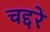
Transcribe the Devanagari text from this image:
चद्दरे